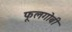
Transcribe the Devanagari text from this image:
फूलगोबी